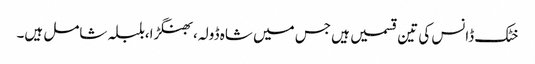
خٹک ڈانس کی تین قسمیں ہیں جس میں شاہ ڈولہ،بھنگڑا،بلبلہ شامل ہیں۔